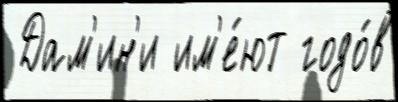
 Дам'ин'и им'е́ют годо́в